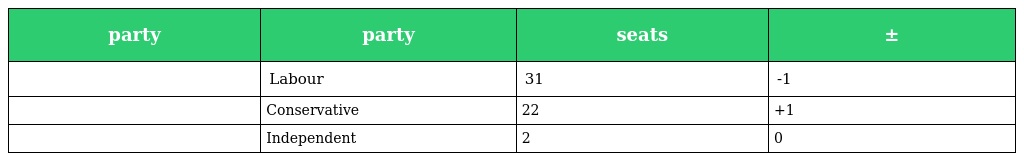
| party | party | seats | ± |
 | --- | --- | --- | --- |
 |  | Labour | 31 | -1 |
 |  | Conservative | 22 | +1 |
 |  | Independent | 2 | 0 |